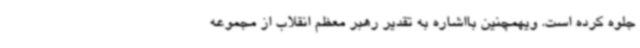
جلوه کرده است. ویهمچنین بااشاره به تقدیر رهبر معظم انقلاب از مجموعه